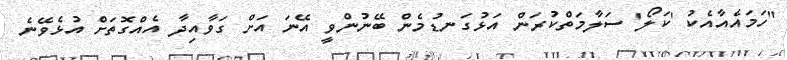
"ހަމައެއާއެކު 'ކަލޯ' ސަލާމަތްކުރަން އަޅުގަނޑުމެން ބޭނުންވީ އޭނަ އަށް ގަވާއިދާ އެއްގޮތަށް އުޅެވޭނެ